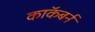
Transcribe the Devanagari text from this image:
काॅकबर्न